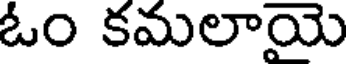
ఓం కమలాయె